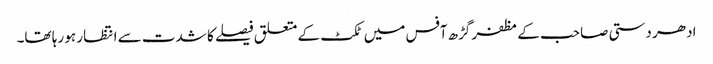
ادھر دستی صاحب کے مظفر گڑھ آفس میں ٹکٹ کے متعلق فیصلے کا شدت سے انتظار ہو رہا تھا۔